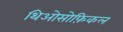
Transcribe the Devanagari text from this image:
थिओसोफ़िकल